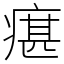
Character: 瘎